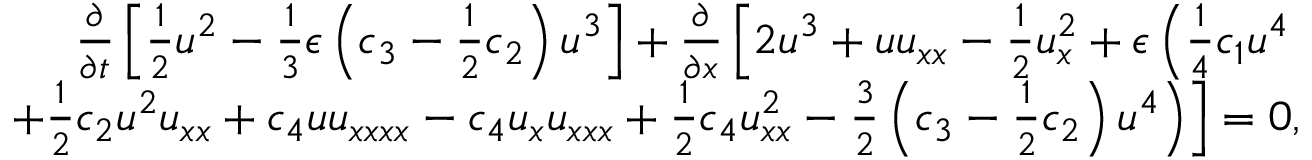
\begin{array} { r l r } & { } & { \frac { \partial } { \partial t } \left[ \frac { 1 } { 2 } u ^ { 2 } - \frac { 1 } { 3 } \epsilon \left( c _ { 3 } - \frac { 1 } { 2 } c _ { 2 } \right) u ^ { 3 } \right] + \frac { \partial } { \partial x } \left[ 2 u ^ { 3 } + u u _ { x x } - \frac { 1 } { 2 } u _ { x } ^ { 2 } + \epsilon \left( \frac { 1 } { 4 } c _ { 1 } u ^ { 4 } \right. \right. } \\ & { } & { \left. \left. \mathrm + \frac { 1 } { 2 } c _ { 2 } u ^ { 2 } u _ { x x } + c _ { 4 } u u _ { x x x x } - c _ { 4 } u _ { x } u _ { x x x } + \frac { 1 } { 2 } c _ { 4 } u _ { x x } ^ { 2 } - \frac { 3 } { 2 } \left( c _ { 3 } - \frac { 1 } { 2 } c _ { 2 } \right) u ^ { 4 } \right) \right] = 0 , } \end{array}